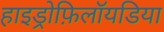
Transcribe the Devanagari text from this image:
हाइड्रोफ़िलॉयडिया